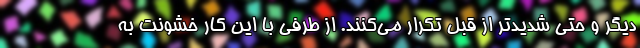
دیگر و حتی شدیدتر از قبل تکرار می‌کنند. از طرفی با این کار خشونت به